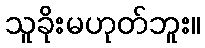
သူခိုးမဟုတ်ဘူး။